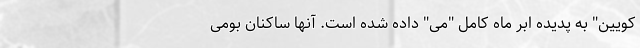
کویین" به پدیده اَبَر ماه کامل "می" داده شده است. آنها ساکنان بومی